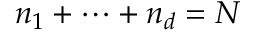
n _ { 1 } + \cdots + n _ { d } = N